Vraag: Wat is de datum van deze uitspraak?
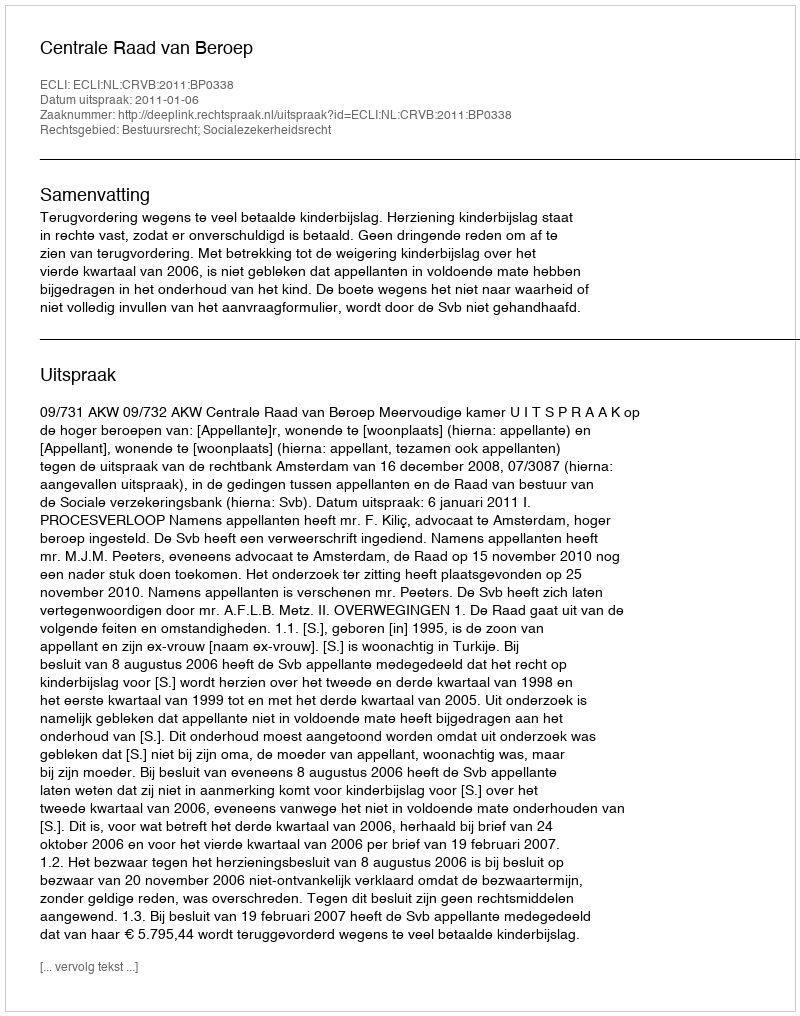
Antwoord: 2011-01-06